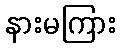
နားမကြား